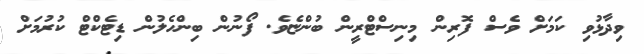
ވިދާޅުވި ކަމަށް ވެސް ފޮރިން މިނިސްޓްރީން ބުންޏެވެ. ފޯޯނުން ބިންހެލުން ޑިޓެކްޓް ކުރުމަށް